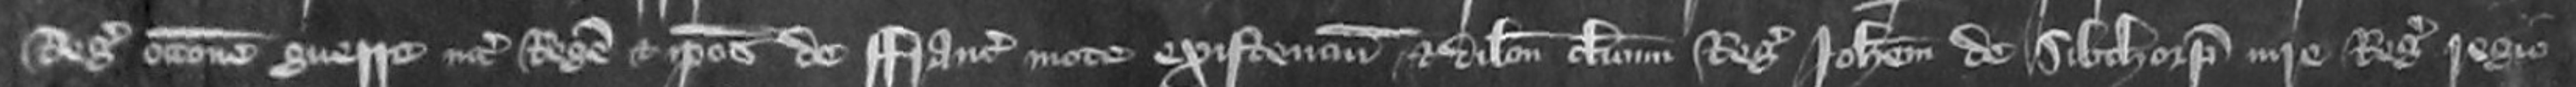
Regis occasione guerre inter Regem et ipsos de Francie mote existencium et dilectum clericum Regis Johannem de Sibthorp iure Regis regio